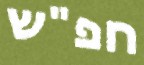
חפ"ש